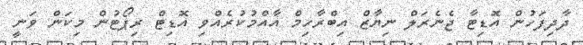
ދާދިފަހުން އޮޑިޓާ ޖެނެރަލް ނިޔާޒް އިބްރާހިމް އާއްމުކުރެއްވި އޮޑިޓް ރިޕޯޓުން މިކަން ވަނީ